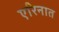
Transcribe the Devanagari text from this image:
एरिनात